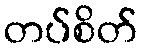
တပ်စိတ်